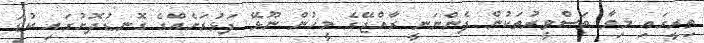
ތިރީގައި މިވާ ތަސްވީރުތަކުން ފެންނަނީ ރާއްޖޭގެ މީހުން ނޫޅޭ ފަޅުރަށެއްގެ ގޮނޑުދޮށުގައި ކުޑަ